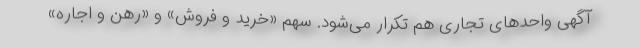
آگهی واحدهای تجاری هم تکرار می‌شود. سهم «خرید و فروش» و «رهن و اجاره»